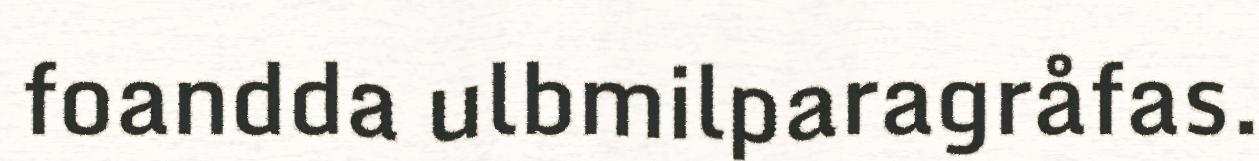
foandda ulbmilparagråfas.